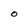
Character: O